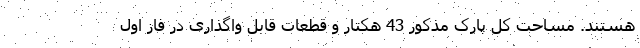
هستند. مساحت کل پارک مذکور 43 هکتار و قطعات قابل واگذاری در فاز اول